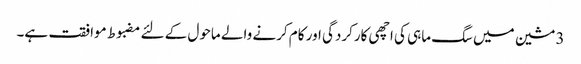
3 مشین میں سگ ماہی کی اچھی کارکردگی اور کام کرنے والے ماحول کے لئے مضبوط موافقت ہے۔